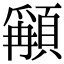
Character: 𩔋